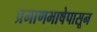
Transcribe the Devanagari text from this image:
प्रमाणभाषेपासून